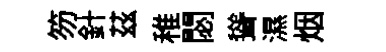
笏針茲稚閟聳濕烟